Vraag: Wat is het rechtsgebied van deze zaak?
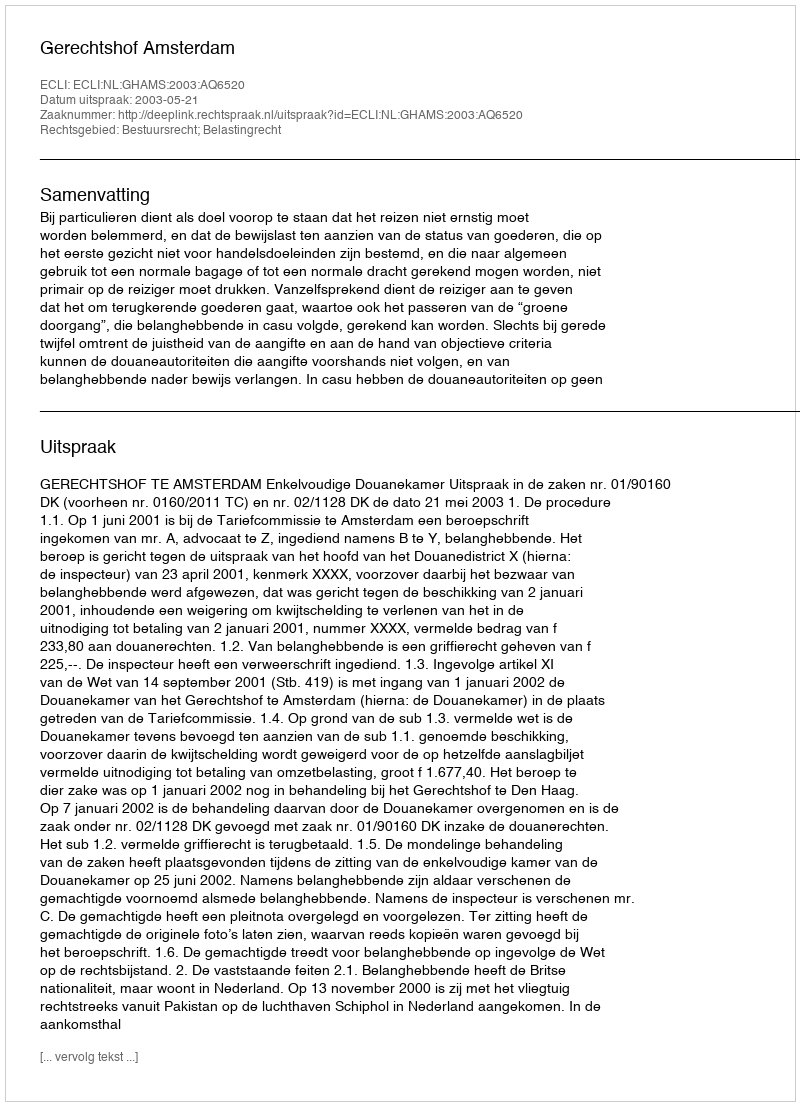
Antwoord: Bestuursrecht; Belastingrecht